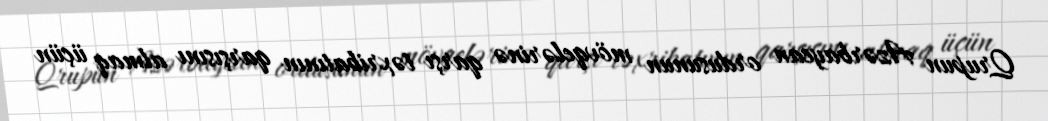
Qrupun Azərbaycan ordusunun mövqelərinə qarşı təxribatının qarşısını almaq üçün